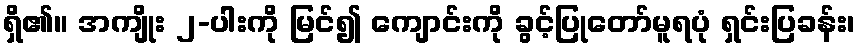
ရှိ၏။ အကျိုး ၂-ပါးကို မြင်၍ ကျောင်းကို ခွင့်ပြုတော်မူရပုံ ရှင်းပြခန်း၊